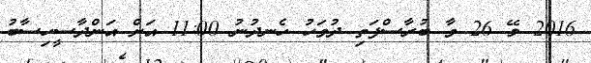
2016 މޭ 26 ވާ ބުރާސްފަތި ދުވަހު ހެނދުނު 11:00 އަށް އަންދާސީހިސާބު